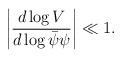
LaTeX: \begin{align*} \left|\frac{d\log V}{d\log \bar{\psi}\psi}\right|\ll 1.\end{align*}